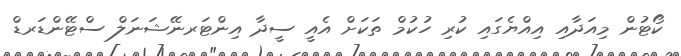
ކޯޓުން މިއަދާއި އިއްޔެގައި ކުރި ހުކުމް ތަަކަށް އެއީ ސީދާ އިންޓަރނޭޝަނަލް ސްޓޭންޑަރޑް